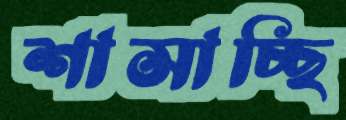
শাসাচ্ছি